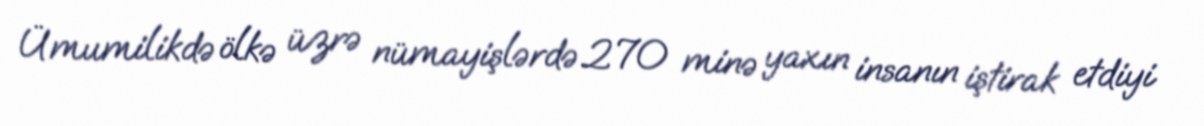
Ümumilikdə ölkə üzrə nümayişlərdə 270 minə yaxın insanın iştirak etdiyi